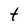
Character: t